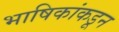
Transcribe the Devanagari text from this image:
भाषिकांकडून